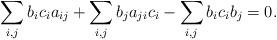
LaTeX: \begin{align*}\sum_{i,j}b_{i}c_{i}a_{ij}+\sum_{i,j}b_{j}a_{ji}c_{i}-\sum_{i,j}b_{i}c_{i}b_{j}=0.\end{align*}